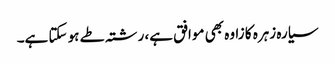
سیارہ زہرہ کا زاوہ بھی موافق ہے، رشتہ طے ہو سکتا ہے۔